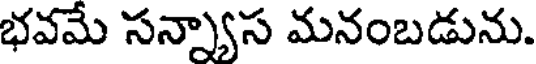
భవమే సన్న్యాస మనంబడును.